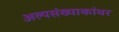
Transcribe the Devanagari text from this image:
अल्पसंख्याकांवर